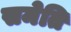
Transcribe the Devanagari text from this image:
समेति